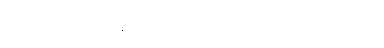
ရိုစာဟန်၏ မျက်လုံးများသည် ပြူးလျက် ရှိသည်။